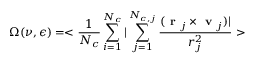
\Omega ( \nu , \epsilon ) = < \frac { 1 } { N _ { c } } \sum _ { i = 1 } ^ { N _ { c } } | \sum _ { j = 1 } ^ { N _ { c , j } } \frac { ( \textbf { r } _ { j } \times \textbf { v } _ { j } ) | } { r _ { j } ^ { 2 } } >